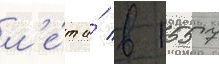
л'е́т и́ в 1557